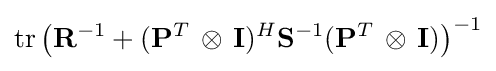
\mathrm {tr} \left(\mathbf {R} ^{-1}+(\mathbf {P} ^{T}\,\otimes \,\mathbf {I} )^{H}\mathbf {S} ^{-1}(\mathbf {P} ^{T}\,\otimes \,\mathbf {I} )\right)^{-1}